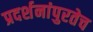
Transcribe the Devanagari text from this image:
प्रदर्शनांपुरतेच